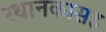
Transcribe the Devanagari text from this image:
स्थानकासह